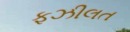
ફઝીલત